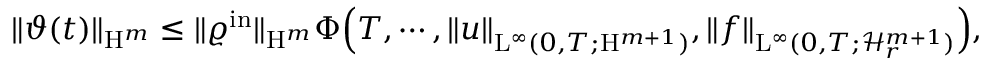
\begin{array} { r } { \Vert \vartheta ( t ) \Vert _ { \mathrm { H } ^ { m } } \leq \Vert \varrho ^ { \mathrm { i n } } \Vert _ { \mathrm { H } ^ { m } } \Phi \Big ( T , \cdots , \Vert u \Vert _ { \mathrm { L } ^ { \infty } ( 0 , T ; \mathrm { H } ^ { m + 1 } ) } , \Vert f \Vert _ { \mathrm { L } ^ { \infty } ( 0 , T ; \mathcal { H } _ { r } ^ { m + 1 } ) } \Big ) , } \end{array}